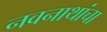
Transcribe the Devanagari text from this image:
नवनाथांचा